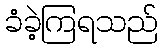
ခံခဲ့ကြရသည်